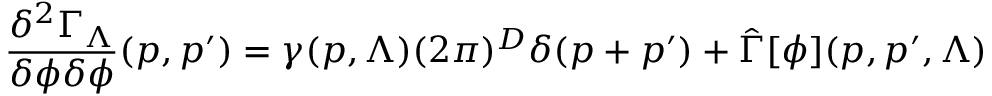
\frac { \delta ^ { 2 } \Gamma _ { \Lambda } } { \delta \phi \delta \phi } ( p , p ^ { \prime } ) = \gamma ( p , \Lambda ) ( 2 \pi ) ^ { D } \delta ( p + p ^ { \prime } ) + \hat { \Gamma } [ \phi ] ( p , p ^ { \prime } , \Lambda )